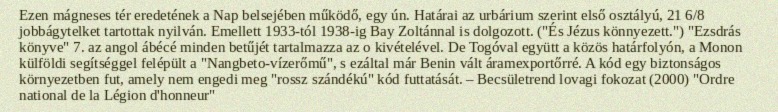
Ezen mágneses tér eredetének a Nap belsejében működő, egy ún. Határai az urbárium szerint első osztályú, 21 6/8 jobbágytelket tartottak nyilván. Emellett 1933-tól 1938-ig Bay Zoltánnal is dolgozott. ("És Jézus könnyezett.") "Ezsdrás könyve" 7. az angol ábécé minden betűjét tartalmazza az o kivételével. De Togóval együtt a közös határfolyón, a Monon külföldi segítséggel felépült a "Nangbeto-vízerőmű", s ezáltal már Benin vált áramexportőrré. A kód egy biztonságos környezetben fut, amely nem engedi meg "rossz szándékú" kód futtatását. – Becsületrend lovagi fokozat (2000) "Ordre national de la Légion d'honneur"